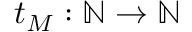
t _ { M } : \mathbb { N } \to \mathbb { N }